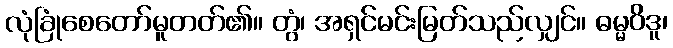
လုံခြုံစေတော်မူတတ်၏။ တွံ၊ အရှင်မင်းမြတ်သည်လျှင်။ ဓမ္မဝိဒူ၊